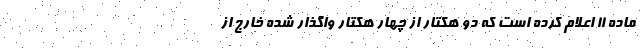
ماده ۱۱ اعلام کرده است که دو هکتار از چهار هکتار واگذار شده خارج از